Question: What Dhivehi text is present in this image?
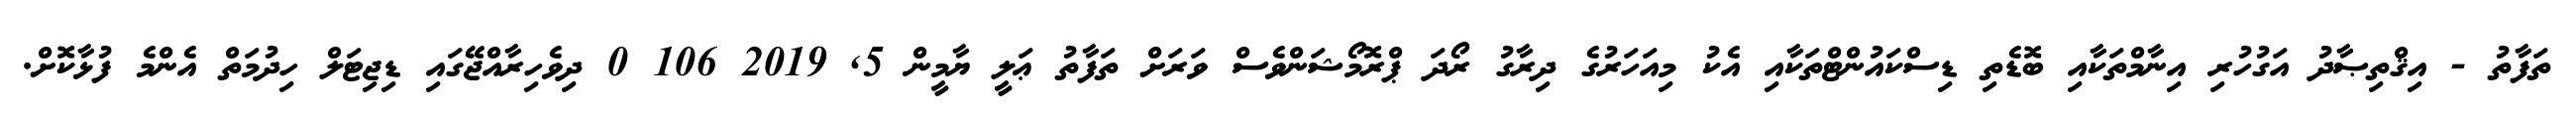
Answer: ތަފާތު - އިޤްތިޞާދު އަގުހުރި އިނާމްތަކާއި ބޮޑެތި ޑިސްކައުންޓްތަކާއި އެކު މިއަހަރުގެ ދިރާގު ރޯދަ ޕްރޮމޯޝަންވެސް ވަރަށް ތަފާތު ޢަލީ ޔާމީން 5, 2019 106 0 ދިވެހިރާއްޖޭގައި ޑިޖިޓަލް ހިދުމަތް އެންމެ ފުޅާކޮށް.